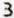
3